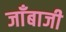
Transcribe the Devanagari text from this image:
जाँबाजी